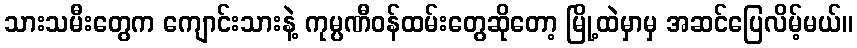
သားသမီးတွေက ကျောင်းသားနဲ့ ကုမ္ပဏီဝန်ထမ်းတွေဆိုတော့ မြို့ထဲမှာမှ အဆင်ပြေလိမ့်မယ်။